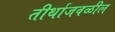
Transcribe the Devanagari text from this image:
तीर्थाजवळील